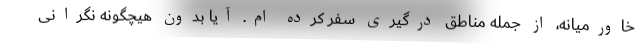
خاورمیانه، از جمله مناطق درگیری سفر کرده ام. آیا بدون هیچگونه نگرانی